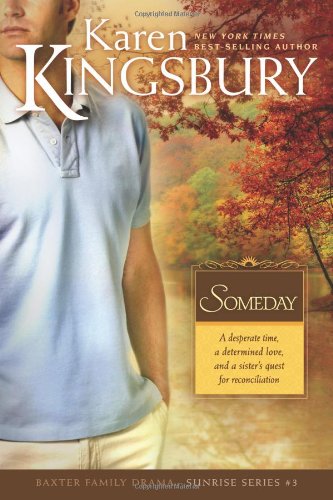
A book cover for Someday (Sunrise Series-Baxter 3, Book 3); Karen Kingsbury; Romance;